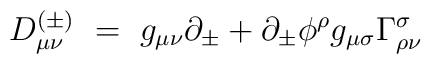
D^{(\pm)}_{\mu\nu} ~=~ g_{\mu\nu} \partial_\pm+ \partial_\pm \phi^\rho g_{\mu\sigma} \Gamma^\sigma_{\rho\nu}